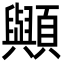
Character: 𮨠